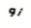
أو